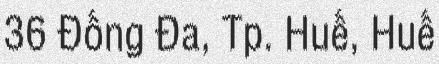
36 Đống Đa, Tp. Huế, Huế